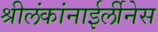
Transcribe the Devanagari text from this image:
श्रीलंकांनाईर्लीनेस